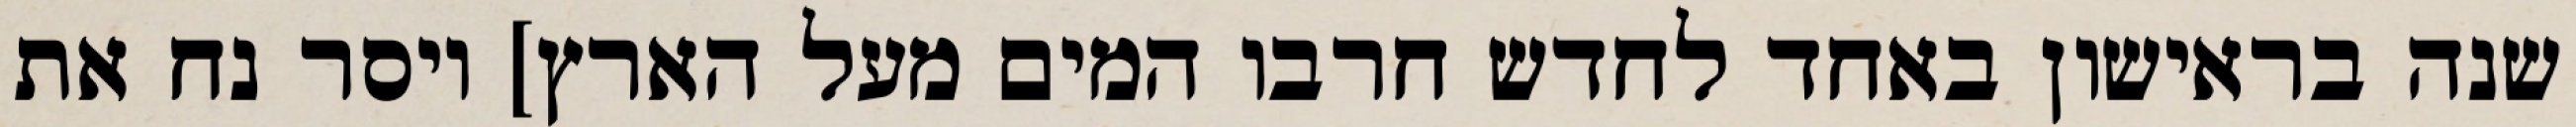
שנה בראישון באחד לחדש חרבו המים מעל הארץ] ויסר נח את